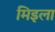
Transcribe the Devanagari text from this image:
मिइला